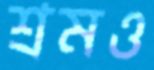
শ্রমও